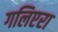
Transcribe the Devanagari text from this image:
गलिएरा